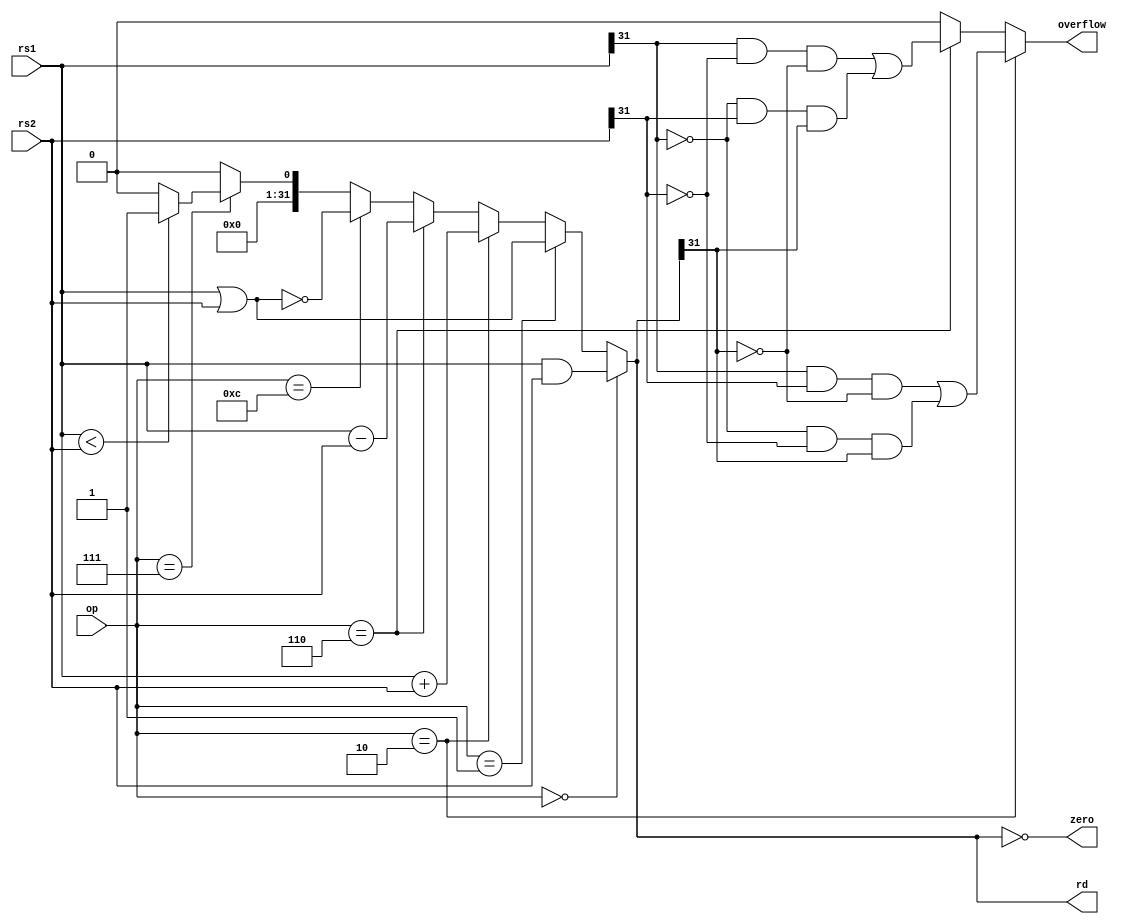
module alu#(parameter DWIDTH = 32)
(
    input  [3 : 0]        op,   // Operation to perform.
    input  [DWIDTH-1 : 0] rs1,  // Input data #1.
    input  [DWIDTH-1 : 0] rs2,  // Input data #2.
    output [DWIDTH-1 : 0] rd,   // Result of computation.
    output zero,                // zero = 1 if rdis 0, 0 otherwise.
    output overflow             // overflow = 1 if overflow happens.
);

assign rd = (op == 4'b0000) ? rs1 & rs2 :
            (op == 4'b0001) ? rs1 | rs2 :
            (op == 4'b0010) ? $signed(rs1) + $signed(rs2) :
            (op == 4'b0110) ? $signed(rs1) - $signed(rs2) :
            (op == 4'b1100) ? ~(rs1 | rs2) :
            (op == 4'b0111) ? ($signed(rs1) < $signed(rs2)) ? 32'h1 : 32'h0 :
            32'h0;
assign zero = (rd == 0);
assign overflow = (op == 4'b0010) ? ((rs1[31] & rs2[31] & ~rd[31]) | (~rs1[31] & ~rs2[31] & rd[31])) : 
                  (op == 4'b0110) ? ((rs1[31] & ~rs2[31] & ~rd[31]) | (~rs1[31] & rs2[31] & rd[31])) :
                    1'b0;

endmodule